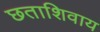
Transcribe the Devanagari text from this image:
छताशिवाय